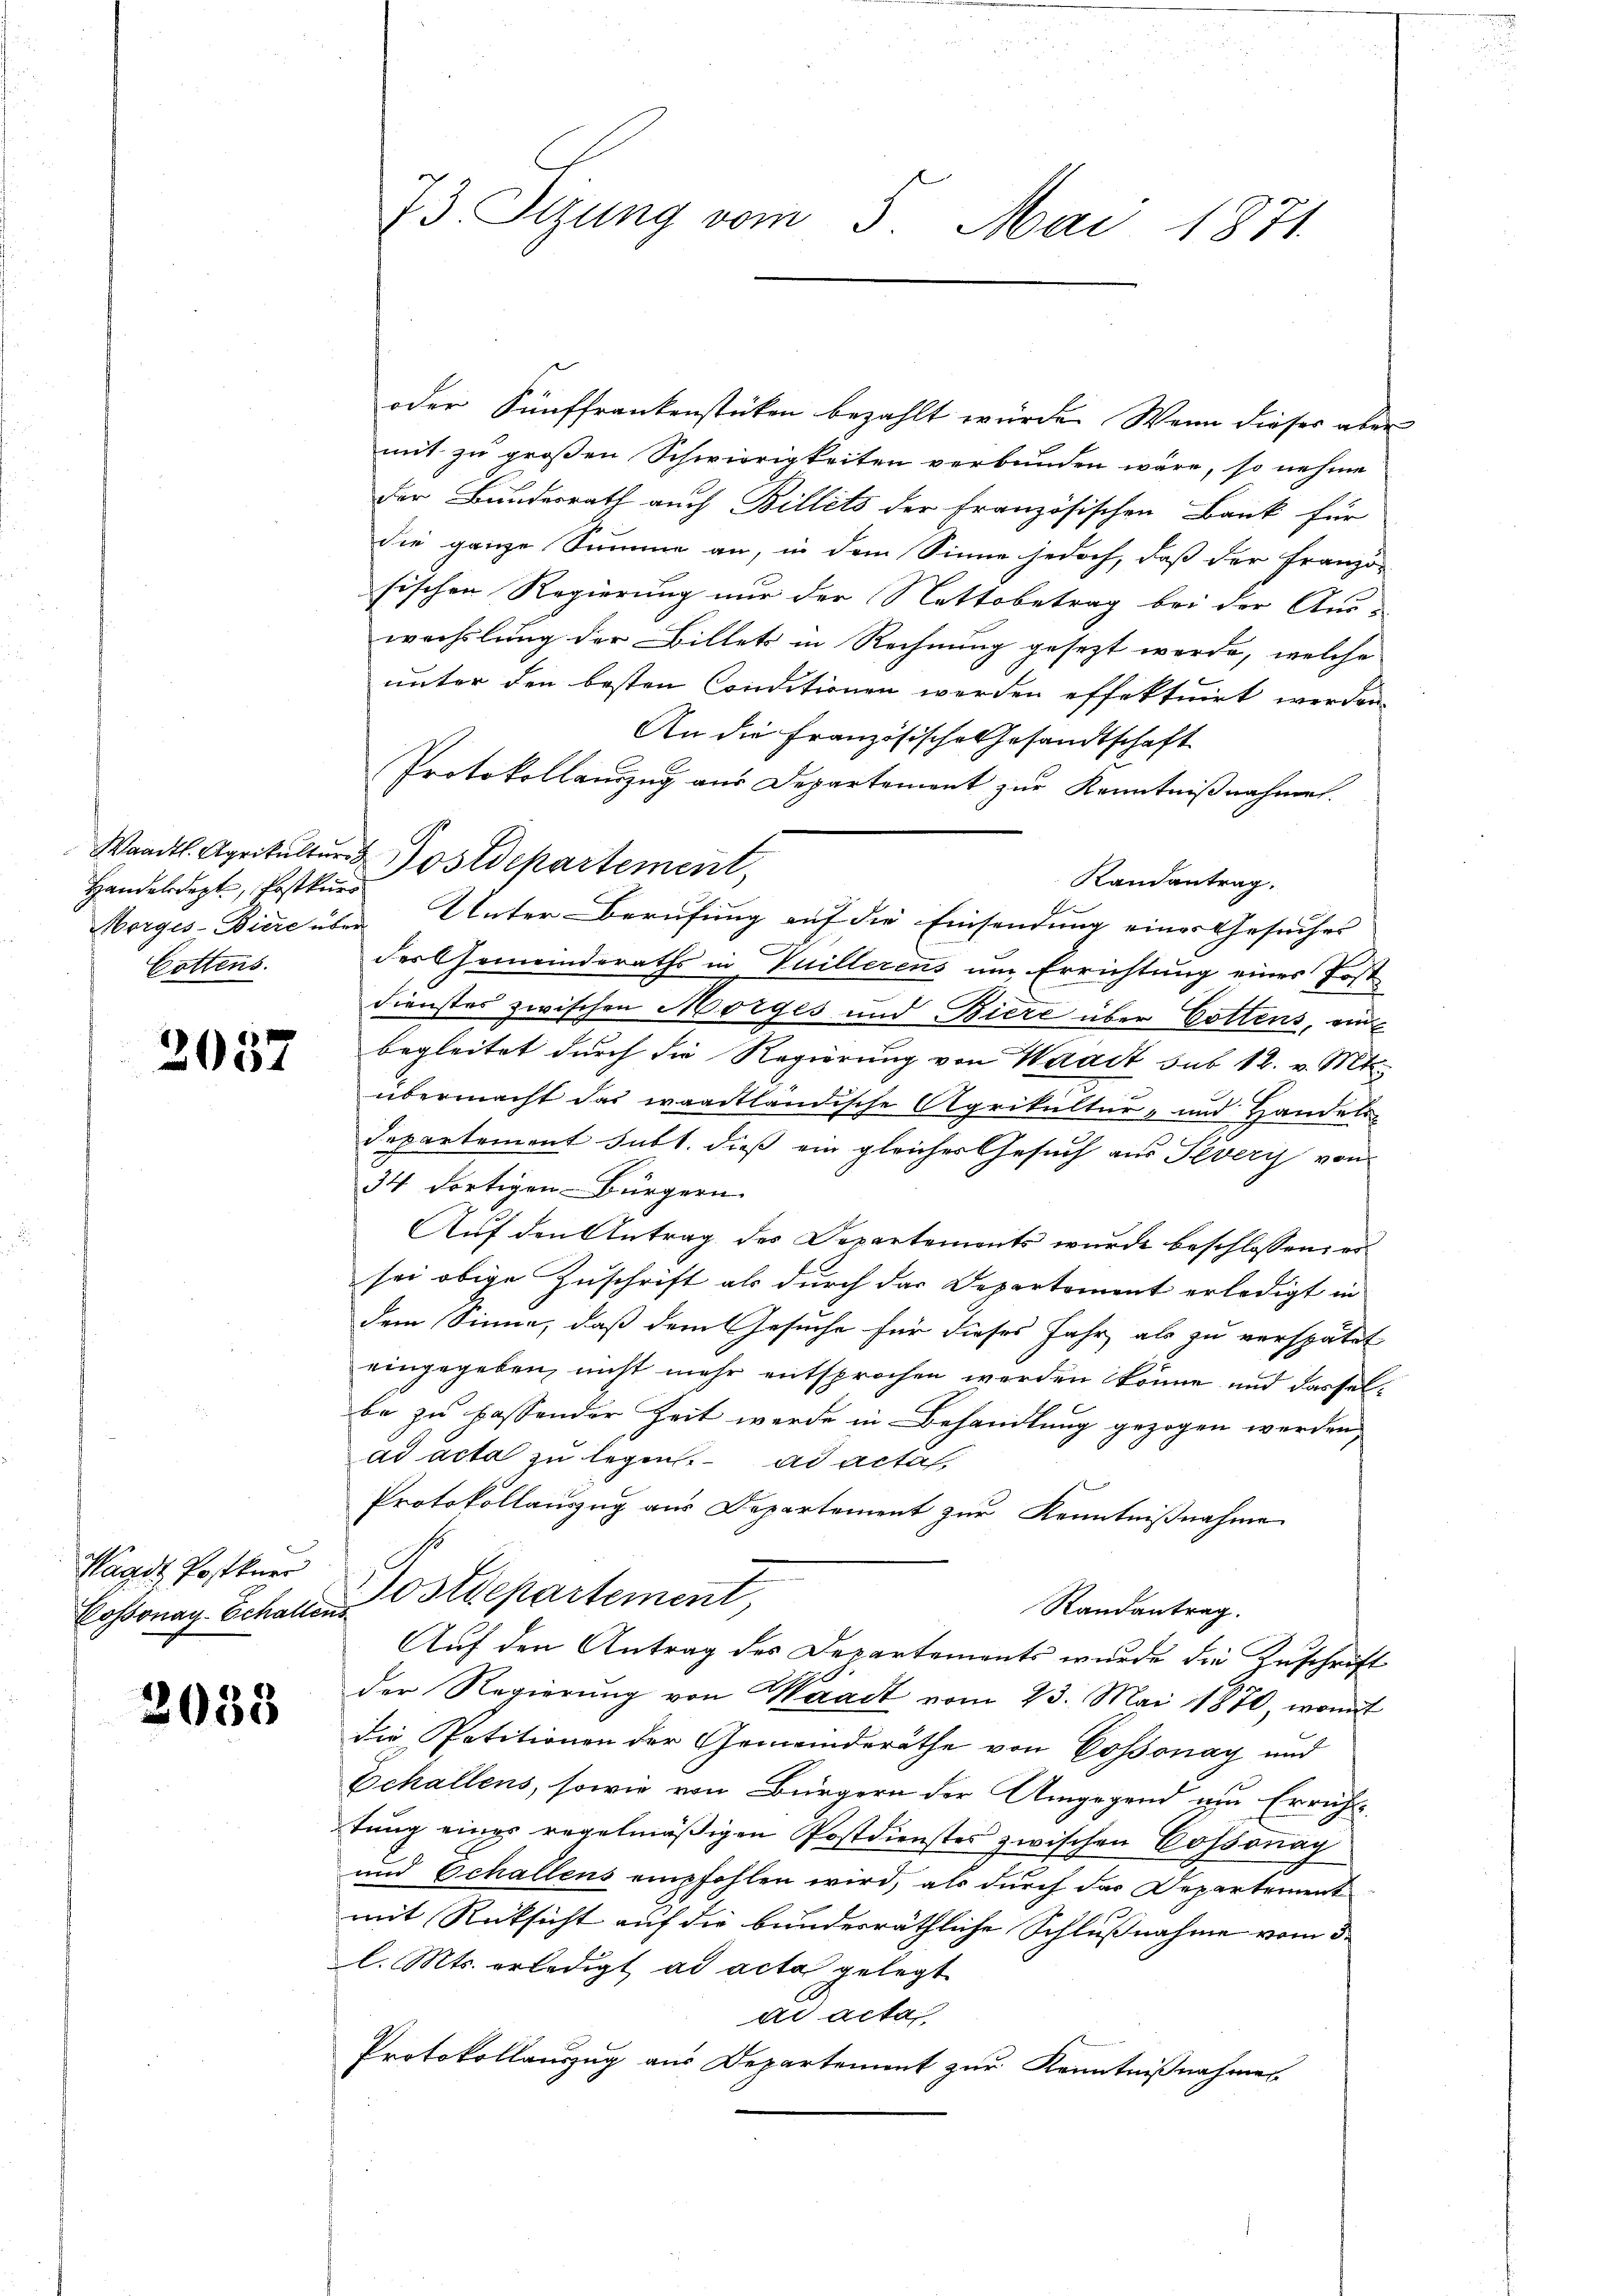
Handelsdept, Postkurs
Cottens.

2037

Waadt Postkurr

2033

73. Sizung vom 5. Mai 1871

oder Sünffrankenstücken bezahlt wurde. Wenn dieser aber
mit zu großen Schwierigkeiten verbunden wäre, so nehme
Der Bundesrath auch Billets der französischen Bank für
die ganze Summe an, in dem Sinne jedoch, daß der Franzö-
sischen Regierung nur der Stattsbetrag bei der Aus-
wechslung der Billets in Rechnung gesezt werde, welche
unter den besten Conditionen werden effektuirt werden.
An die Französische Gesandtschaft
Protokollauszug aus Departement zur Kenntnißnahmen.
Randantrag.
E
Morges-Biere über Unter-Berufung auf die Einsendung einer Gesucher
der Gemeinderaths in Vuillerens um Errichtung eines Post
Dienstes zwischen Morges und Biere über Gottens, ein
begleitet durch die Regierung von Waadt sub 12. v. Mts.
übermacht das waadtländische Agrikultur- und Handels-
Departement subt. dieß ein gleicher Gesuch aus Peveris von
34 dortigen Bürgern.
Auf den Antrag des Departements wurde beschlossen, es
sei obige Zuschrift als durch das Departement erledigt in
dem Sinne, daß dem Gesuche für dieses Jahr als zu verspätet
eingegeben, nicht mehr entsprochen werden könne und dasselbe zu fassender Zeit werde in Behandlung gezogen werden,
ad acta zu legen. ad acta,
Protokollauszug aus Departement zur Kenntnißnahme
Cossonay Schallen Ostdepartement,
Randantrag.
Auf den Antrag des Departements wurde die Zuschrift
der Regierung von Waadt vom 23. Mai 1870, womit
die Petitionen der Gemeinderäthe von Cossonay und
Echallens, sowie von Bürgern der Umgegend um Errichttung einer regelmäßigen Postdienstes zwischen Cossonay
und Echallens empfohlen wird, als durch das Departement
mit Rücksicht auf die bunderräthliche Schlußnahme vom 3.
l. Mts. erledigt ad acta gelegt
ad acta
Protokollauszug aus Departement zur Kenntnißnahme

Waadt. Agrikultur & Postdepartement,